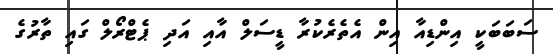
ސަބަބަކީ އިންޑިއާ އިން އެތެރެކުރާ ޑީސަލް އާއި އަދި ޕެޓްރޯލް ގައި ތާރުގެ